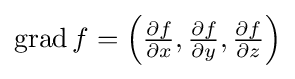
{\textstyle \operatorname {grad} f=\left({\frac {\partial f}{\partial x}},{\frac {\partial f}{\partial y}},{\frac {\partial f}{\partial z}}\right)}